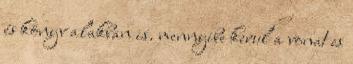
és könyv alakban is. mennyibe kerul a vonat es